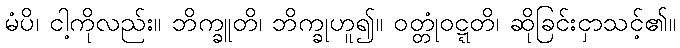
မံပိ၊ ငါ့ကိုလည်း။ ဘိက္ခူတိ၊ ဘိက္ခုဟူ၍။ ဝတ္တုံဝဋ္ဋတိ၊ ဆိုခြင်းငှာသင့်၏။